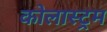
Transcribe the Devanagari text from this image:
कोलास्ट्रम